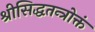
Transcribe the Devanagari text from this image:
श्रीसिद्धतन्त्रोक्तं